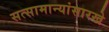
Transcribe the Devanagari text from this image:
सत्सामान्यांसारखे